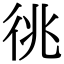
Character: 𢓝